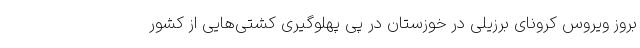
بروز ویروس کرونای برزیلی در خوزستان در پی پهلوگیری کشتی‌هایی از کشور